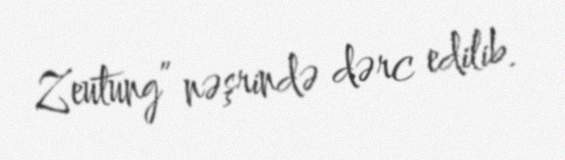
Zeutung” nəşrində dərc edilib.